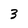
Character: 3